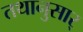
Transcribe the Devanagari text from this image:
तथानुसार्